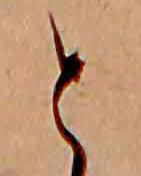
と